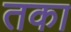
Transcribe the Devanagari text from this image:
तका